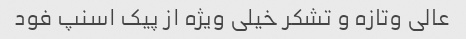
عالی وتازه و تشکر خیلی ویژه از پیک اسنپ فود